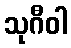
သုဂီဝါ